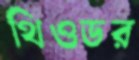
থিওডর